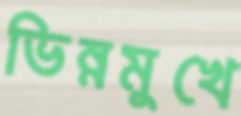
ভিন্নমুখে